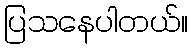
ပြသနေပါတယ်။